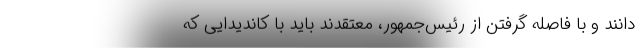
‌دانند و با فاصله گرفتن از رئیس‌جمهور، معتقدند باید با کاندیدایی که